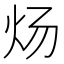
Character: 炀